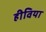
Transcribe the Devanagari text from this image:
हीविया